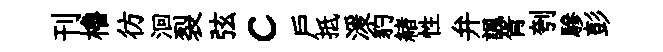
刊櫓彷洄裂弦c户抵湲豹緖性弁諷胥刳驂彭